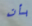
بأن